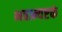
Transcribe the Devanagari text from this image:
भवान्यष्टकं